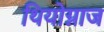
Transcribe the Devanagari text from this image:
थियोग्नाज